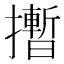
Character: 𪮻